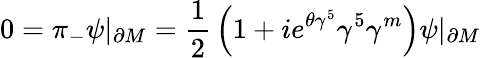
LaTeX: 0=\pi_{-}\psi|_{\partial M}={\frac{1}{2}}\left(1+ie^{\theta\gamma^{5}}\gamma^{5}\gamma^{m}\right)\psi|_{\partial M}